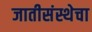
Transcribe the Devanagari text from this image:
जातीसंस्थेचा